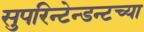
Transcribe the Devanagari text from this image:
सुपरिन्टेन्डन्टच्या